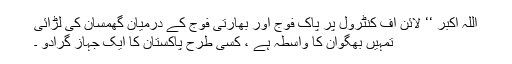
اللہ اکبر ‘‘ لائن آف کنٹرول پر پاک فوج اور بھارتی فوج کے درمیان گھمسان کی لڑائی
تمہیں بھگوان کا واسطہ ہے ، کسی طرح پاکستان کا ایک جہاز گرادو ۔